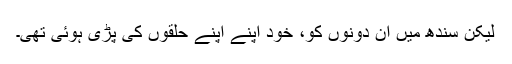
لیکن سندھ میں ان دونوں کو، خود اپنے اپنے حلقوں کی پڑی ہوئی تھی۔